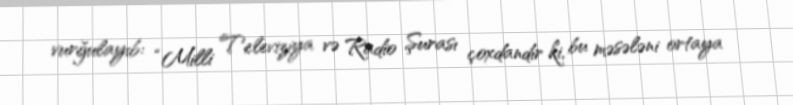
vurğulayıb: “Milli Televiziya və Radio Şurası çoxdandır ki, bu məsələni ortaya